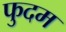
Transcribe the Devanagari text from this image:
फुदम